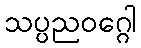
သပ္ပညဝဂ္ဂေါ